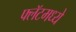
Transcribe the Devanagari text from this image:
फ्लॅटमध्ये